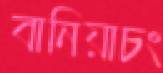
বানিয়াচং